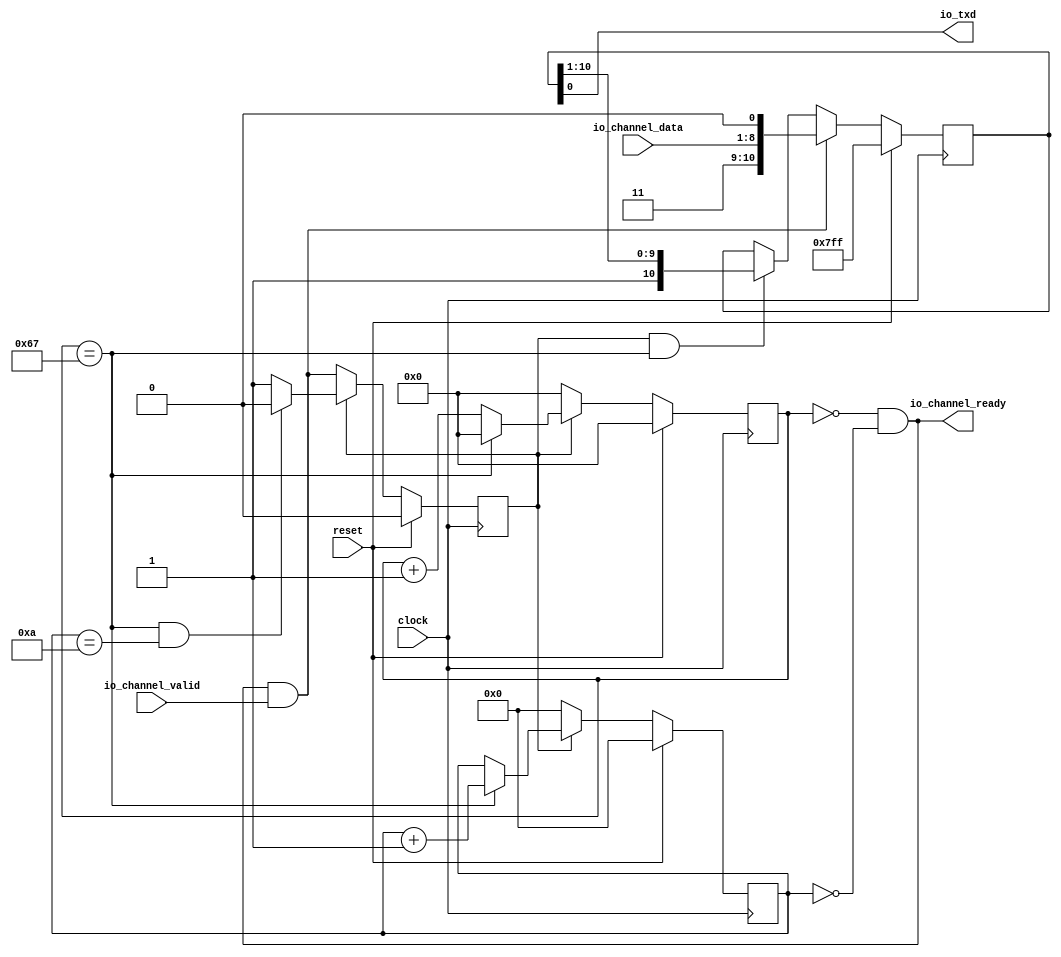
module Tx(
  input        clock,
  input        reset,
  output       io_txd,
  input  [7:0] io_channel_data,
  output       io_channel_ready,
  input        io_channel_valid
);
`ifdef RANDOMIZE_REG_INIT
  reg [31:0] _RAND_0;
  reg [31:0] _RAND_1;
  reg [31:0] _RAND_2;
  reg [31:0] _RAND_3;
`endif // RANDOMIZE_REG_INIT
  reg [19:0] clkCntReg; // @[uart_transmitter.scala 16:28]
  reg [3:0] bitCntReg; // @[uart_transmitter.scala 17:28]
  reg [10:0] shiftReg; // @[uart_transmitter.scala 18:28]
  wire  insert = io_channel_ready & io_channel_valid; // @[uart_transmitter.scala 22:32]
  reg  stateReg; // @[uart_transmitter.scala 26:26]
  wire  _T_2 = clkCntReg == 20'h67; // @[uart_transmitter.scala 36:29]
  wire [19:0] _clkCntReg_T_3 = clkCntReg + 20'h1; // @[uart_transmitter.scala 45:84]
  wire [3:0] _bitCntReg_T_1 = bitCntReg + 4'h1; // @[uart_transmitter.scala 48:36]
  wire [10:0] _shiftReg_T = {2'h3,io_channel_data,1'h0}; // @[Cat.scala 31:58]
  wire [10:0] _shiftReg_T_2 = {1'h1,shiftReg[10:1]}; // @[Cat.scala 31:58]
  assign io_txd = shiftReg[0]; // @[uart_transmitter.scala 64:23]
  assign io_channel_ready = clkCntReg == 20'h0 & bitCntReg == 4'h0; // @[uart_transmitter.scala 20:44]
  always @(posedge clock) begin
    if (reset) begin // @[uart_transmitter.scala 16:28]
      clkCntReg <= 20'h0; // @[uart_transmitter.scala 16:28]
    end else if (stateReg) begin // @[uart_transmitter.scala 45:21]
      if (_T_2) begin // @[uart_transmitter.scala 45:45]
        clkCntReg <= 20'h0;
      end else begin
        clkCntReg <= _clkCntReg_T_3;
      end
    end else begin
      clkCntReg <= 20'h0;
    end
    if (reset) begin // @[uart_transmitter.scala 17:28]
      bitCntReg <= 4'h0; // @[uart_transmitter.scala 17:28]
    end else if (stateReg) begin // @[uart_transmitter.scala 46:28]
      if (_T_2) begin // @[uart_transmitter.scala 47:36]
        bitCntReg <= _bitCntReg_T_1; // @[uart_transmitter.scala 48:23]
      end
    end else begin
      bitCntReg <= 4'h0; // @[uart_transmitter.scala 53:19]
    end
    if (reset) begin // @[uart_transmitter.scala 18:28]
      shiftReg <= 11'h7ff; // @[uart_transmitter.scala 18:28]
    end else if (insert) begin // @[uart_transmitter.scala 56:17]
      shiftReg <= _shiftReg_T; // @[uart_transmitter.scala 57:18]
    end else if (stateReg & _T_2) begin // @[uart_transmitter.scala 58:61]
      shiftReg <= _shiftReg_T_2; // @[uart_transmitter.scala 59:18]
    end
    if (reset) begin // @[uart_transmitter.scala 26:26]
      stateReg <= 1'h0; // @[uart_transmitter.scala 26:26]
    end else if (~stateReg) begin // @[uart_transmitter.scala 27:21]
      stateReg <= insert;
    end else if (stateReg) begin // @[uart_transmitter.scala 27:21]
      if (clkCntReg == 20'h67 & bitCntReg == 4'ha) begin // @[uart_transmitter.scala 36:67]
        stateReg <= 1'h0; // @[uart_transmitter.scala 37:26]
      end else begin
        stateReg <= 1'h1; // @[uart_transmitter.scala 39:26]
      end
    end
  end
// Register and memory initialization
`ifdef RANDOMIZE_GARBAGE_ASSIGN
`define RANDOMIZE
`endif
`ifdef RANDOMIZE_INVALID_ASSIGN
`define RANDOMIZE
`endif
`ifdef RANDOMIZE_REG_INIT
`define RANDOMIZE
`endif
`ifdef RANDOMIZE_MEM_INIT
`define RANDOMIZE
`endif
`ifndef RANDOM
`define RANDOM $random
`endif
`ifdef RANDOMIZE_MEM_INIT
  integer initvar;
`endif
`ifndef SYNTHESIS
`ifdef FIRRTL_BEFORE_INITIAL
`FIRRTL_BEFORE_INITIAL
`endif
initial begin
  `ifdef RANDOMIZE
    `ifdef INIT_RANDOM
      `INIT_RANDOM
    `endif
    `ifndef VERILATOR
      `ifdef RANDOMIZE_DELAY
        #`RANDOMIZE_DELAY begin end
      `else
        #0.002 begin end
      `endif
    `endif
`ifdef RANDOMIZE_REG_INIT
  _RAND_0 = {1{`RANDOM}};
  clkCntReg = _RAND_0[19:0];
  _RAND_1 = {1{`RANDOM}};
  bitCntReg = _RAND_1[3:0];
  _RAND_2 = {1{`RANDOM}};
  shiftReg = _RAND_2[10:0];
  _RAND_3 = {1{`RANDOM}};
  stateReg = _RAND_3[0:0];
`endif // RANDOMIZE_REG_INIT
  `endif // RANDOMIZE
end // initial
`ifdef FIRRTL_AFTER_INITIAL
`FIRRTL_AFTER_INITIAL
`endif
`endif // SYNTHESIS
endmodule
module Rx(
  input        clock,
  input        reset,
  input        io_rxd,
  output [7:0] io_channel_data,
  output       io_channel_valid
);
`ifdef RANDOMIZE_REG_INIT
  reg [31:0] _RAND_0;
  reg [31:0] _RAND_1;
  reg [31:0] _RAND_2;
  reg [31:0] _RAND_3;
  reg [31:0] _RAND_4;
  reg [31:0] _RAND_5;
`endif // RANDOMIZE_REG_INIT
  reg [19:0] clkCntReg; // @[uart_receiver.scala 18:28]
  reg [3:0] bitCntReg; // @[uart_receiver.scala 19:28]
  reg [9:0] shiftReg; // @[uart_receiver.scala 20:28]
  reg  rxdReg_REG; // @[uart_receiver.scala 21:36]
  reg  rxdReg; // @[uart_receiver.scala 21:28]
  reg [1:0] stateReg; // @[uart_receiver.scala 24:26]
  wire [28:0] _GEN_17 = {{9'd0}, clkCntReg}; // @[uart_receiver.scala 34:28]
  wire  _T_3 = _GEN_17 == 29'h1f79bfff; // @[uart_receiver.scala 34:28]
  wire  _T_5 = clkCntReg == 20'h67; // @[uart_receiver.scala 42:29]
  wire  _T_6 = bitCntReg == 4'ha; // @[uart_receiver.scala 42:54]
  wire  _T_7 = clkCntReg == 20'h67 & bitCntReg == 4'ha; // @[uart_receiver.scala 42:41]
  wire [1:0] _GEN_2 = clkCntReg == 20'h67 & bitCntReg == 4'ha ? 2'h0 : 2'h2; // @[uart_receiver.scala 42:67 43:26 45:26]
  wire  _T_8 = stateReg == 2'h1; // @[uart_receiver.scala 51:19]
  wire [19:0] _clkCntReg_T_1 = clkCntReg + 20'h1; // @[uart_receiver.scala 55:36]
  wire  _T_10 = stateReg == 2'h2; // @[uart_receiver.scala 57:25]
  wire [3:0] _bitCntReg_T_1 = bitCntReg + 4'h1; // @[uart_receiver.scala 69:36]
  wire [9:0] _shiftReg_T_1 = {shiftReg[8:0],rxdReg}; // @[Cat.scala 31:58]
  wire [9:0] _GEN_16 = _T_7 ? shiftReg : 10'h0; // @[uart_receiver.scala 90:59 92:26 95:26]
  assign io_channel_data = _GEN_16[7:0];
  assign io_channel_valid = _T_5 & _T_6; // @[uart_receiver.scala 90:33]
  always @(posedge clock) begin
    if (reset) begin // @[uart_receiver.scala 18:28]
      clkCntReg <= 20'h0; // @[uart_receiver.scala 18:28]
    end else if (stateReg == 2'h1) begin // @[uart_receiver.scala 51:29]
      if (_T_3) begin // @[uart_receiver.scala 52:42]
        clkCntReg <= 20'h0; // @[uart_receiver.scala 53:23]
      end else begin
        clkCntReg <= _clkCntReg_T_1; // @[uart_receiver.scala 55:23]
      end
    end else if (stateReg == 2'h2) begin // @[uart_receiver.scala 57:34]
      if (_T_5) begin // @[uart_receiver.scala 58:36]
        clkCntReg <= 20'h0; // @[uart_receiver.scala 59:23]
      end else begin
        clkCntReg <= _clkCntReg_T_1; // @[uart_receiver.scala 61:23]
      end
    end else begin
      clkCntReg <= 20'h0; // @[uart_receiver.scala 64:19]
    end
    if (reset) begin // @[uart_receiver.scala 19:28]
      bitCntReg <= 4'h0; // @[uart_receiver.scala 19:28]
    end else if (_T_8) begin // @[uart_receiver.scala 67:29]
      if (_T_3) begin // @[uart_receiver.scala 68:42]
        bitCntReg <= _bitCntReg_T_1; // @[uart_receiver.scala 69:23]
      end
    end else if (_T_10) begin // @[uart_receiver.scala 73:34]
      if (_T_5) begin // @[uart_receiver.scala 74:36]
        bitCntReg <= _bitCntReg_T_1; // @[uart_receiver.scala 75:23]
      end
    end else begin
      bitCntReg <= 4'h0; // @[uart_receiver.scala 80:19]
    end
    if (reset) begin // @[uart_receiver.scala 20:28]
      shiftReg <= 10'h3ff; // @[uart_receiver.scala 20:28]
    end else if (_T_10 & _T_5) begin // @[uart_receiver.scala 83:55]
      shiftReg <= _shiftReg_T_1; // @[uart_receiver.scala 84:18]
    end
    rxdReg_REG <= io_rxd; // @[uart_receiver.scala 21:36]
    rxdReg <= rxdReg_REG; // @[uart_receiver.scala 21:28]
    if (reset) begin // @[uart_receiver.scala 24:26]
      stateReg <= 2'h0; // @[uart_receiver.scala 24:26]
    end else if (2'h0 == stateReg) begin // @[uart_receiver.scala 25:21]
      if (~rxdReg) begin // @[uart_receiver.scala 27:34]
        stateReg <= 2'h1; // @[uart_receiver.scala 28:26]
      end else begin
        stateReg <= 2'h0; // @[uart_receiver.scala 30:26]
      end
    end else if (2'h1 == stateReg) begin // @[uart_receiver.scala 25:21]
      if (_GEN_17 == 29'h1f79bfff) begin // @[uart_receiver.scala 34:46]
        stateReg <= 2'h2; // @[uart_receiver.scala 35:26]
      end else begin
        stateReg <= 2'h1; // @[uart_receiver.scala 37:26]
      end
    end else if (2'h2 == stateReg) begin // @[uart_receiver.scala 25:21]
      stateReg <= _GEN_2;
    end
  end
// Register and memory initialization
`ifdef RANDOMIZE_GARBAGE_ASSIGN
`define RANDOMIZE
`endif
`ifdef RANDOMIZE_INVALID_ASSIGN
`define RANDOMIZE
`endif
`ifdef RANDOMIZE_REG_INIT
`define RANDOMIZE
`endif
`ifdef RANDOMIZE_MEM_INIT
`define RANDOMIZE
`endif
`ifndef RANDOM
`define RANDOM $random
`endif
`ifdef RANDOMIZE_MEM_INIT
  integer initvar;
`endif
`ifndef SYNTHESIS
`ifdef FIRRTL_BEFORE_INITIAL
`FIRRTL_BEFORE_INITIAL
`endif
initial begin
  `ifdef RANDOMIZE
    `ifdef INIT_RANDOM
      `INIT_RANDOM
    `endif
    `ifndef VERILATOR
      `ifdef RANDOMIZE_DELAY
        #`RANDOMIZE_DELAY begin end
      `else
        #0.002 begin end
      `endif
    `endif
`ifdef RANDOMIZE_REG_INIT
  _RAND_0 = {1{`RANDOM}};
  clkCntReg = _RAND_0[19:0];
  _RAND_1 = {1{`RANDOM}};
  bitCntReg = _RAND_1[3:0];
  _RAND_2 = {1{`RANDOM}};
  shiftReg = _RAND_2[9:0];
  _RAND_3 = {1{`RANDOM}};
  rxdReg_REG = _RAND_3[0:0];
  _RAND_4 = {1{`RANDOM}};
  rxdReg = _RAND_4[0:0];
  _RAND_5 = {1{`RANDOM}};
  stateReg = _RAND_5[1:0];
`endif // RANDOMIZE_REG_INIT
  `endif // RANDOMIZE
end // initial
`ifdef FIRRTL_AFTER_INITIAL
`FIRRTL_AFTER_INITIAL
`endif
`endif // SYNTHESIS
endmodule
module TxRx(
  input        clock,
  input        reset,
  input  [7:0] io_txchannel_data,
  output       io_txchannel_ready,
  input        io_txchannel_valid,
  output [7:0] io_rxchannel_data,
  input        io_rxchannel_ready,
  output       io_rxchannel_valid
);
  wire  txPart_clock; // @[uart_txrx.scala 14:24]
  wire  txPart_reset; // @[uart_txrx.scala 14:24]
  wire  txPart_io_txd; // @[uart_txrx.scala 14:24]
  wire [7:0] txPart_io_channel_data; // @[uart_txrx.scala 14:24]
  wire  txPart_io_channel_ready; // @[uart_txrx.scala 14:24]
  wire  txPart_io_channel_valid; // @[uart_txrx.scala 14:24]
  wire  rxPart_clock; // @[uart_txrx.scala 15:24]
  wire  rxPart_reset; // @[uart_txrx.scala 15:24]
  wire  rxPart_io_rxd; // @[uart_txrx.scala 15:24]
  wire [7:0] rxPart_io_channel_data; // @[uart_txrx.scala 15:24]
  wire  rxPart_io_channel_valid; // @[uart_txrx.scala 15:24]
  Tx txPart ( // @[uart_txrx.scala 14:24]
    .clock(txPart_clock),
    .reset(txPart_reset),
    .io_txd(txPart_io_txd),
    .io_channel_data(txPart_io_channel_data),
    .io_channel_ready(txPart_io_channel_ready),
    .io_channel_valid(txPart_io_channel_valid)
  );
  Rx rxPart ( // @[uart_txrx.scala 15:24]
    .clock(rxPart_clock),
    .reset(rxPart_reset),
    .io_rxd(rxPart_io_rxd),
    .io_channel_data(rxPart_io_channel_data),
    .io_channel_valid(rxPart_io_channel_valid)
  );
  assign io_txchannel_ready = txPart_io_channel_ready; // @[uart_txrx.scala 17:23]
  assign io_rxchannel_data = rxPart_io_channel_data; // @[uart_txrx.scala 18:18]
  assign io_rxchannel_valid = rxPart_io_channel_valid; // @[uart_txrx.scala 18:18]
  assign txPart_clock = clock;
  assign txPart_reset = reset;
  assign txPart_io_channel_data = io_txchannel_data; // @[uart_txrx.scala 17:23]
  assign txPart_io_channel_valid = io_txchannel_valid; // @[uart_txrx.scala 17:23]
  assign rxPart_clock = clock;
  assign rxPart_reset = reset;
  assign rxPart_io_rxd = txPart_io_txd; // @[uart_txrx.scala 16:19]
endmodule